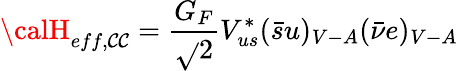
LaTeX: {\calH}_{eff,\mathcal{C}\mathcal{C}}=\frac{{G_{F}}}{{\sqrt{}{{2}}}}V_{us}^{*}(\bar{{s}}u)_{V-A}(\bar{{\nu}}e)_{V-A}